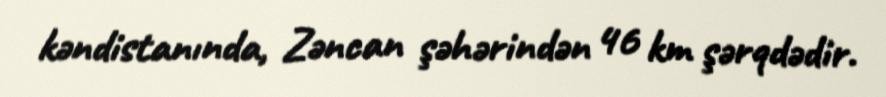
kəndistanında, Zəncan şəhərindən 46 km şərqdədir.